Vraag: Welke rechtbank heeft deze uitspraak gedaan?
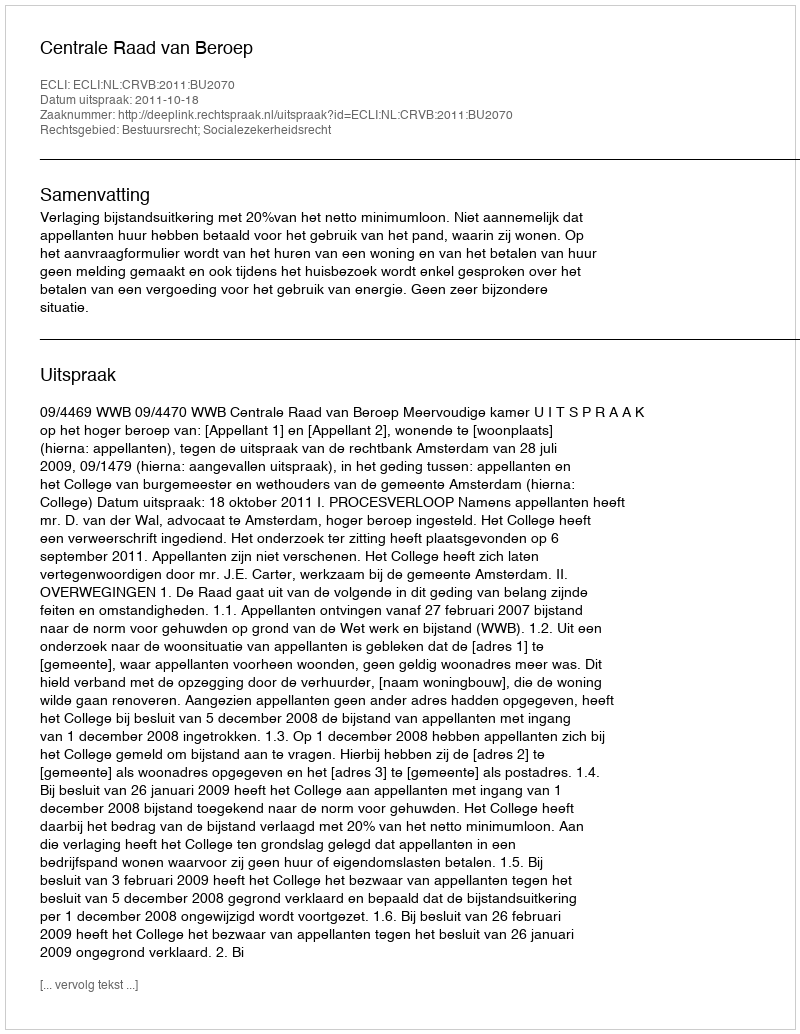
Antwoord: Centrale Raad van Beroep